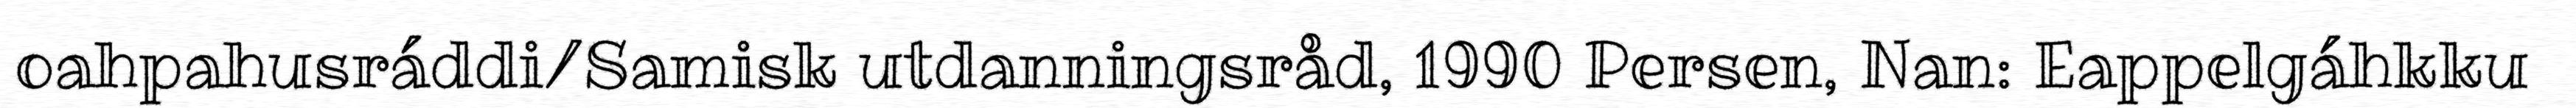
oahpahusráddi/Samisk utdanningsråd, 1990 Persen, Nan: Eappelgáhkku